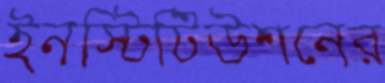
ইনস্টিটিউশনের